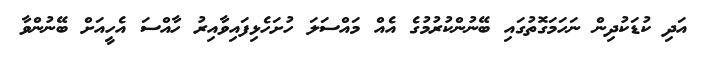
އަދި ކުޑަކުދިން ނަހަމަގޮތުގައި ބޭނުންކުރުމުގެ އެއް މައްސަލަ ހުށަހެޅިފައިވާއިރު ހާއްސަ އެހީއަށް ބޭނުންވާ